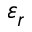
\varepsilon _ { r }